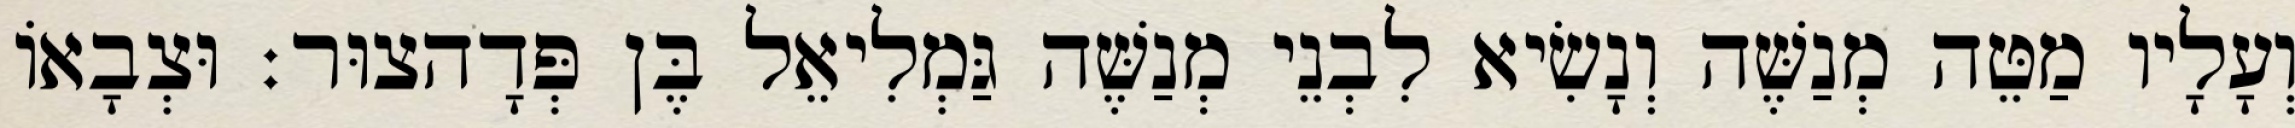
וְעָלָיו מַטֵּה מְנַשֶּׁה וְנָשִׂיא לִבְנֵי מְנַשֶּׁה גַּמְלִיאֵל בֶּן פְּדָהצוּר׃ וּצְבָאוֹ